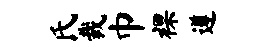
氏裁巾裸遵